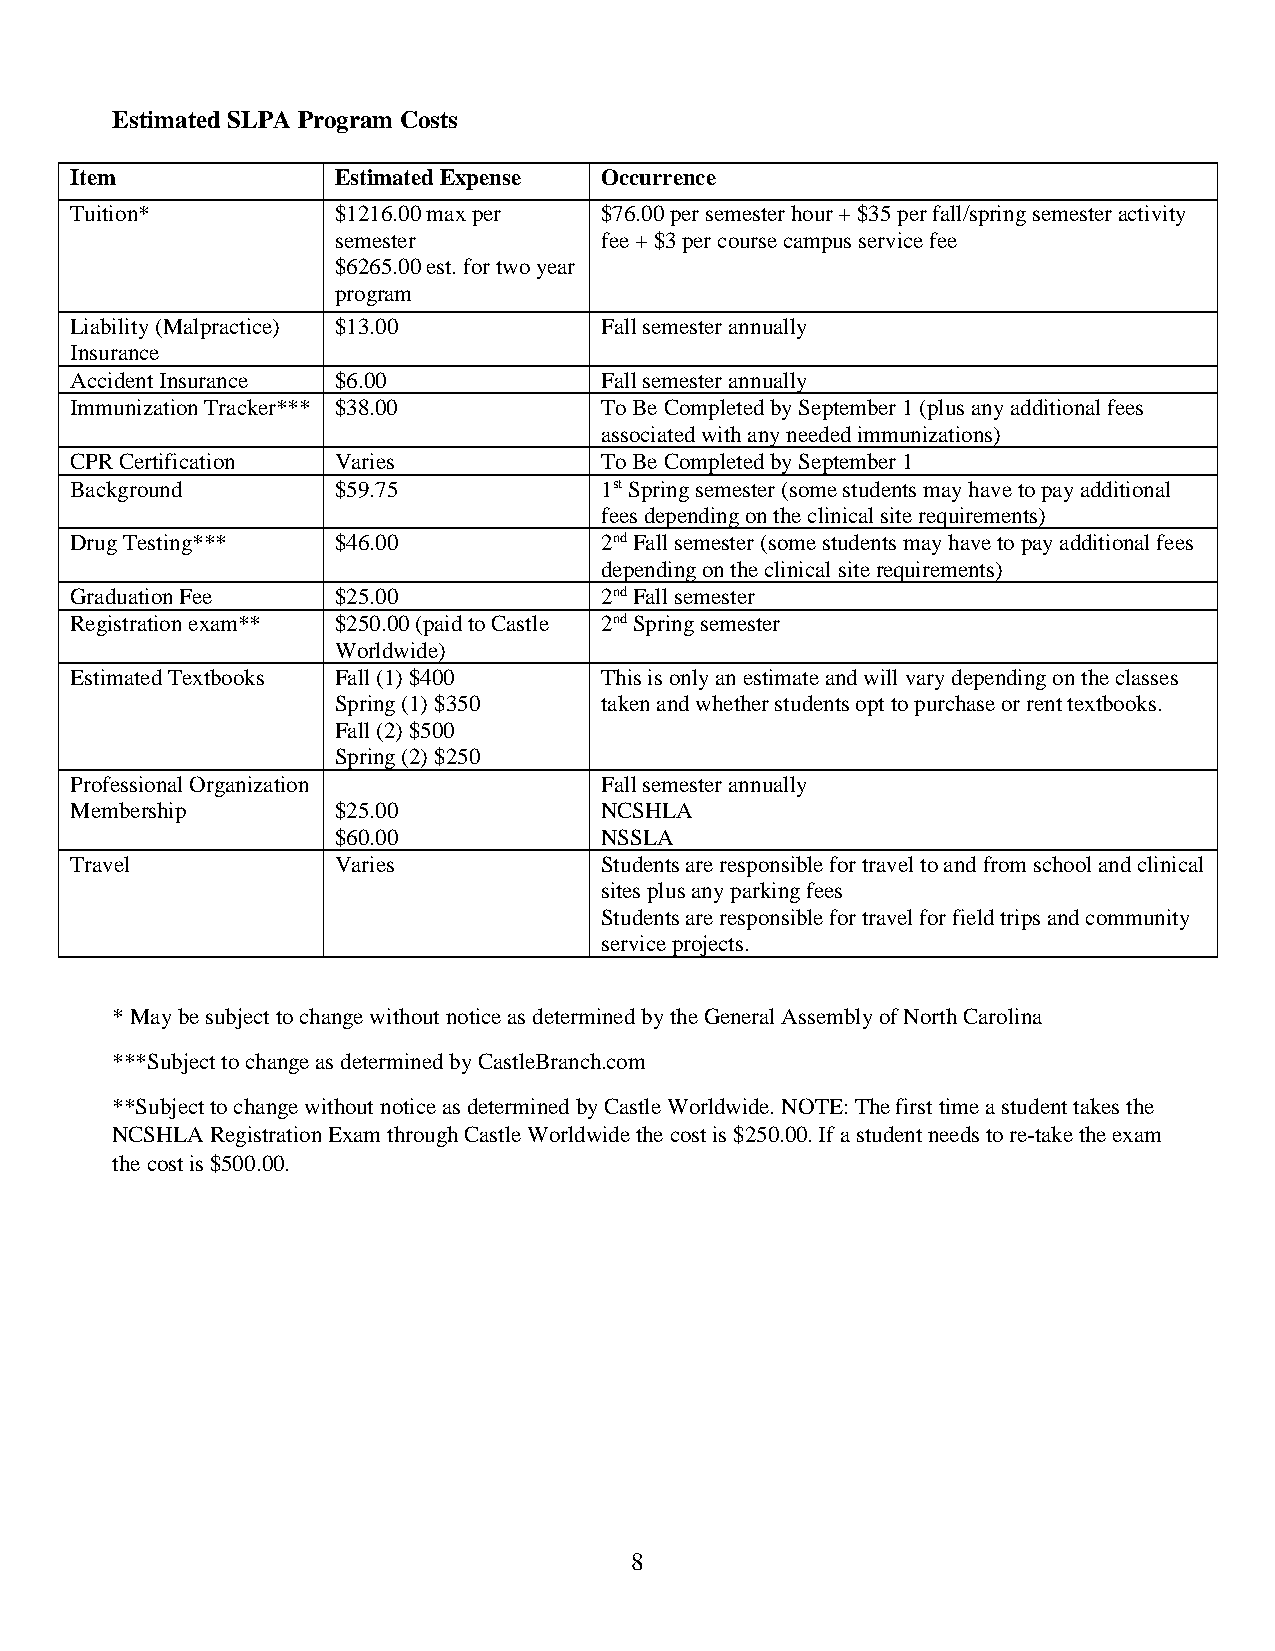
Estimated SLPA Program Costs
 Item             Estimated Expense Occurrence
 Tuition*         $1216.00 max per  $76.00 per semester hour + $35 per fall/spring semester activity
 semester          fee + $3 per course campus service fee
 $6265.00 est. for two year
 program
 Liability (Malpractice) $13.00     Fall semester annually
 Insurance
 Accident Insurance $6.00           Fall semester annually
 Immunization Tracker*** $38.00     To Be Completed by September 1 (plus any additional fees
 associated with any needed immunizations)
 CPR Certification Varies           To Be Completed by September 1
 Background       $59.75            1st Spring semester (some students may have to pay additional
 fees depending on the clinical site requirements)
 Drug Testing***  $46.00            2nd Fall semester (some students may have to pay additional fees
 depending on the clinical site requirements)
 Graduation Fee   $25.00            2nd Fall semester
 Registration exam** $250.00 (paid to Castle 2nd Spring semester
 Worldwide)
 Estimated Textbooks Fall (1) $400  This is only an estimate and will vary depending on the classes
 Spring (1) $350   taken and whether students opt to purchase or rent textbooks.
 Fall (2) $500
 Spring (2) $250
 Professional Organization          Fall semester annually
 Membership       $25.00            NCSHLA
 $60.00            NSSLA
 Travel           Varies            Students are responsible for travel to and from school and clinical
 sites plus any parking fees
 Students are responsible for travel for field trips and community
 service projects.
 * May be subject to change without notice as determined by the General Assembly of North Carolina
 ***Subject to change as determined by CastleBranch.com
 **Subject to change without notice as determined by Castle Worldwide. NOTE: The first time a student takes the
 NCSHLA Registration Exam through Castle Worldwide the cost is $250.00. If a student needs to re-take the exam
 the cost is $500.00.
 8